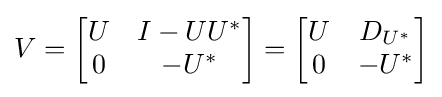
V={\begin{bmatrix}U&I-UU^{*}\\0&-U^{*}\end{bmatrix}}={\begin{bmatrix}U&D_{U^{*}}\\0&-U^{*}\end{bmatrix}}